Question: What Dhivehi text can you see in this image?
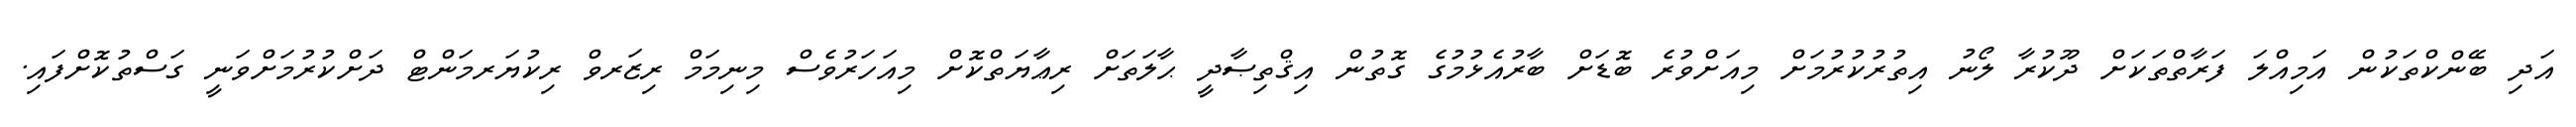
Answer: އަދި ބޭންކްތަކުން އަމިއްލަ ފަރާތްތަކަށް ދޫކުރާ ލޯނު އިތުރުކުރުމަށް މިއަށްވުރެ ބޮޑަށް ބާރުއެޅުމުގެ ގޮތުން އިޤްތިޞާދީ ޙާލަތަށް ރިޢާޔަތްކޮށް މިއަހަރުވެސް މިނިމަމް ރިޒަރވް ރިކުޔަރމަންޓް ދަށްކުރުމަށްވަނީ ގަސްތުކޮށްފައި.